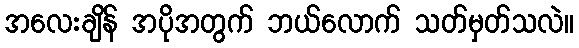
အလေးချိန် အပိုအတွက် ဘယ်လောက် သတ်မှတ်သလဲ။